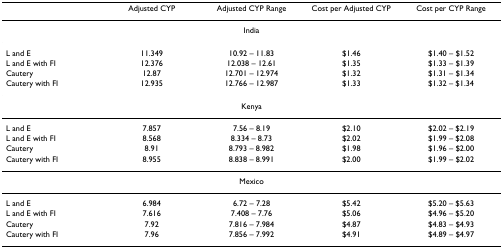
|  | Adjusted CYP | Adjusted CYP Range | Cost per Adjusted CYP | Cost per CYP Range |
 | --- | --- | --- | --- | --- |
 | <COLSPAN=5> India |
 | L and E | 11.349 | 10.92 – 11.83 | $1.46 | $1.40 – $1.52 |
 | L and E with FI | 12.376 | 12.038 – 12.61 | $1.35 | $1.33 – $1.39 |
 | Cautery | 12.87 | 12.701 – 12.974 | $1.32 | $1.31 – $1.34 |
 | Cautery with FI | 12.935 | 12.766 – 12.987 | $1.33 | $1.32 – $1.34 |
 | <COLSPAN=5> Kenya |
 | L and E | 7.857 | 7.56 – 8.19 | $2.10 | $2.02 – $2.19 |
 | L and E with FI | 8.568 | 8.334 – 8.73 | $2.02 | $1.99 – $2.08 |
 | Cautery | 8.91 | 8.793 – 8.982 | $1.98 | $1.96 – $2.00 |
 | Cautery with FI | 8.955 | 8.838 – 8.991 | $2.00 | $1.99 – $2.02 |
 | <COLSPAN=5> Mexico |
 | L and E | 6.984 | 6.72 – 7.28 | $5.42 | $5.20 – $5.63 |
 | L and E with FI | 7.616 | 7.408 – 7.76 | $5.06 | $4.96 – $5.20 |
 | Cautery | 7.92 | 7.816 – 7.984 | $4.87 | $4.83 – $4.93 |
 | Cautery with FI | 7.96 | 7.856 – 7.992 | $4.91 | $4.89 – $4.97 |